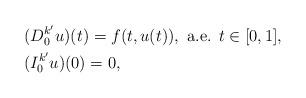
LaTeX: \begin{align*}\begin{aligned}&(D_0^{k'}u)(t)=f(t,u(t)),\mbox{ a.e. } t\in [0,1],\\&(I_0^{k'}u)(0)=0,\end{aligned}\end{align*}